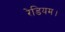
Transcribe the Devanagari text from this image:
रेडियम।